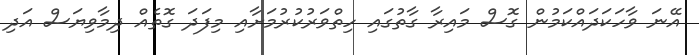
އޭނަ ވާހަކަދައްކަމުން ގޮސް މައިރާ ގާތުގައި ހިތްވަރުކުރުމަށާއި މިފަދަ ގޮތެއް ދިމާވިޔަސް އަދި